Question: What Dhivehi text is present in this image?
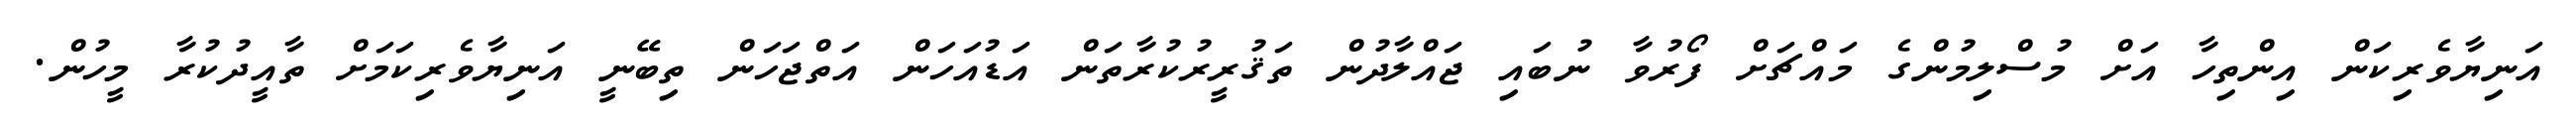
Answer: އަނިޔާވެރިކަން އިންތިހާ އަށް މުސްލިމުންގެ މައްޗަށް ފޯރުވާ ނުބައި ޖައްލާދުން ތަޤުރީރުކުރާތަން އަޑުއަހަން އަތްޖަހަން ތިބޭނީ އަނިޔާވެރިކަމަށް ތާއީދުކުރާ މީހުން.